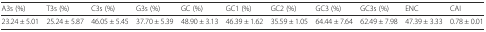
| A3s (%) | T3s (%) | C3s (%) | G3s (%) | GC (%) | GC1 (%) | GC2 (%) | GC3 (%) | GC3s (%) | ENC | CAI |
 | --- | --- | --- | --- | --- | --- | --- | --- | --- | --- | --- |
 | 23.24 ± 5.01 | 25.24 ± 5.87 | 46.05 ± 5.45 | 37.70 ± 5.39 | 48.90 ± 3.13 | 46.39 ± 1.62 | 35.59 ± 1.05 | 64.44 ± 7.64 | 62.49 ± 7.98 | 47.39 ± 3.33 | 0.78 ± 0.01 |